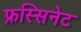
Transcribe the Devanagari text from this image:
फ्रस्सिनेट